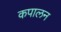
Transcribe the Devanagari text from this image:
कपालन